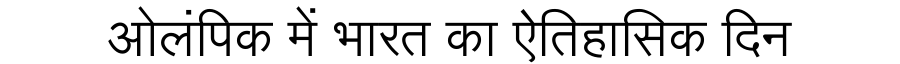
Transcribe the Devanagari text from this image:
ओलंपिक में भारत का ऐतिहासिक दिन